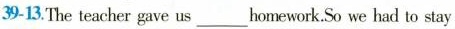
39-13.The teacher gave us ___ homework.So we had to stay